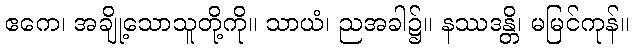
ဧကေ၊ အချို့သောသူတို့ကို။ သာယံ၊ ညအခါ၌။ နဿဒန္တိ၊ မမြင်ကုန်။